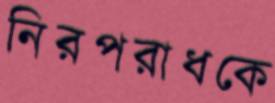
নিরপরাধকে